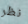
نظر